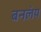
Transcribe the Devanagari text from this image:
बनलंय